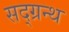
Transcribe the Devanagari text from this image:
सद्ग्रन्थ